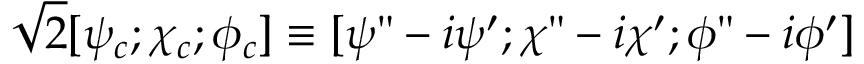
{ \sqrt 2 } [ \psi _ { c } ; \chi _ { c } ; \phi _ { c } ] \equiv [ \psi " - i \psi ^ { \prime } ; \chi " - i \chi ^ { \prime } ; \phi " - i \phi ^ { \prime } ]